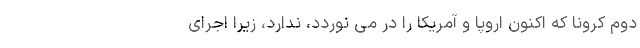
دوم کرونا که اکنون اروپا و آمریکا را در می نوردد، ندارد، زیرا اجرای